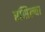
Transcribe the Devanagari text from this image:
रसिल्या